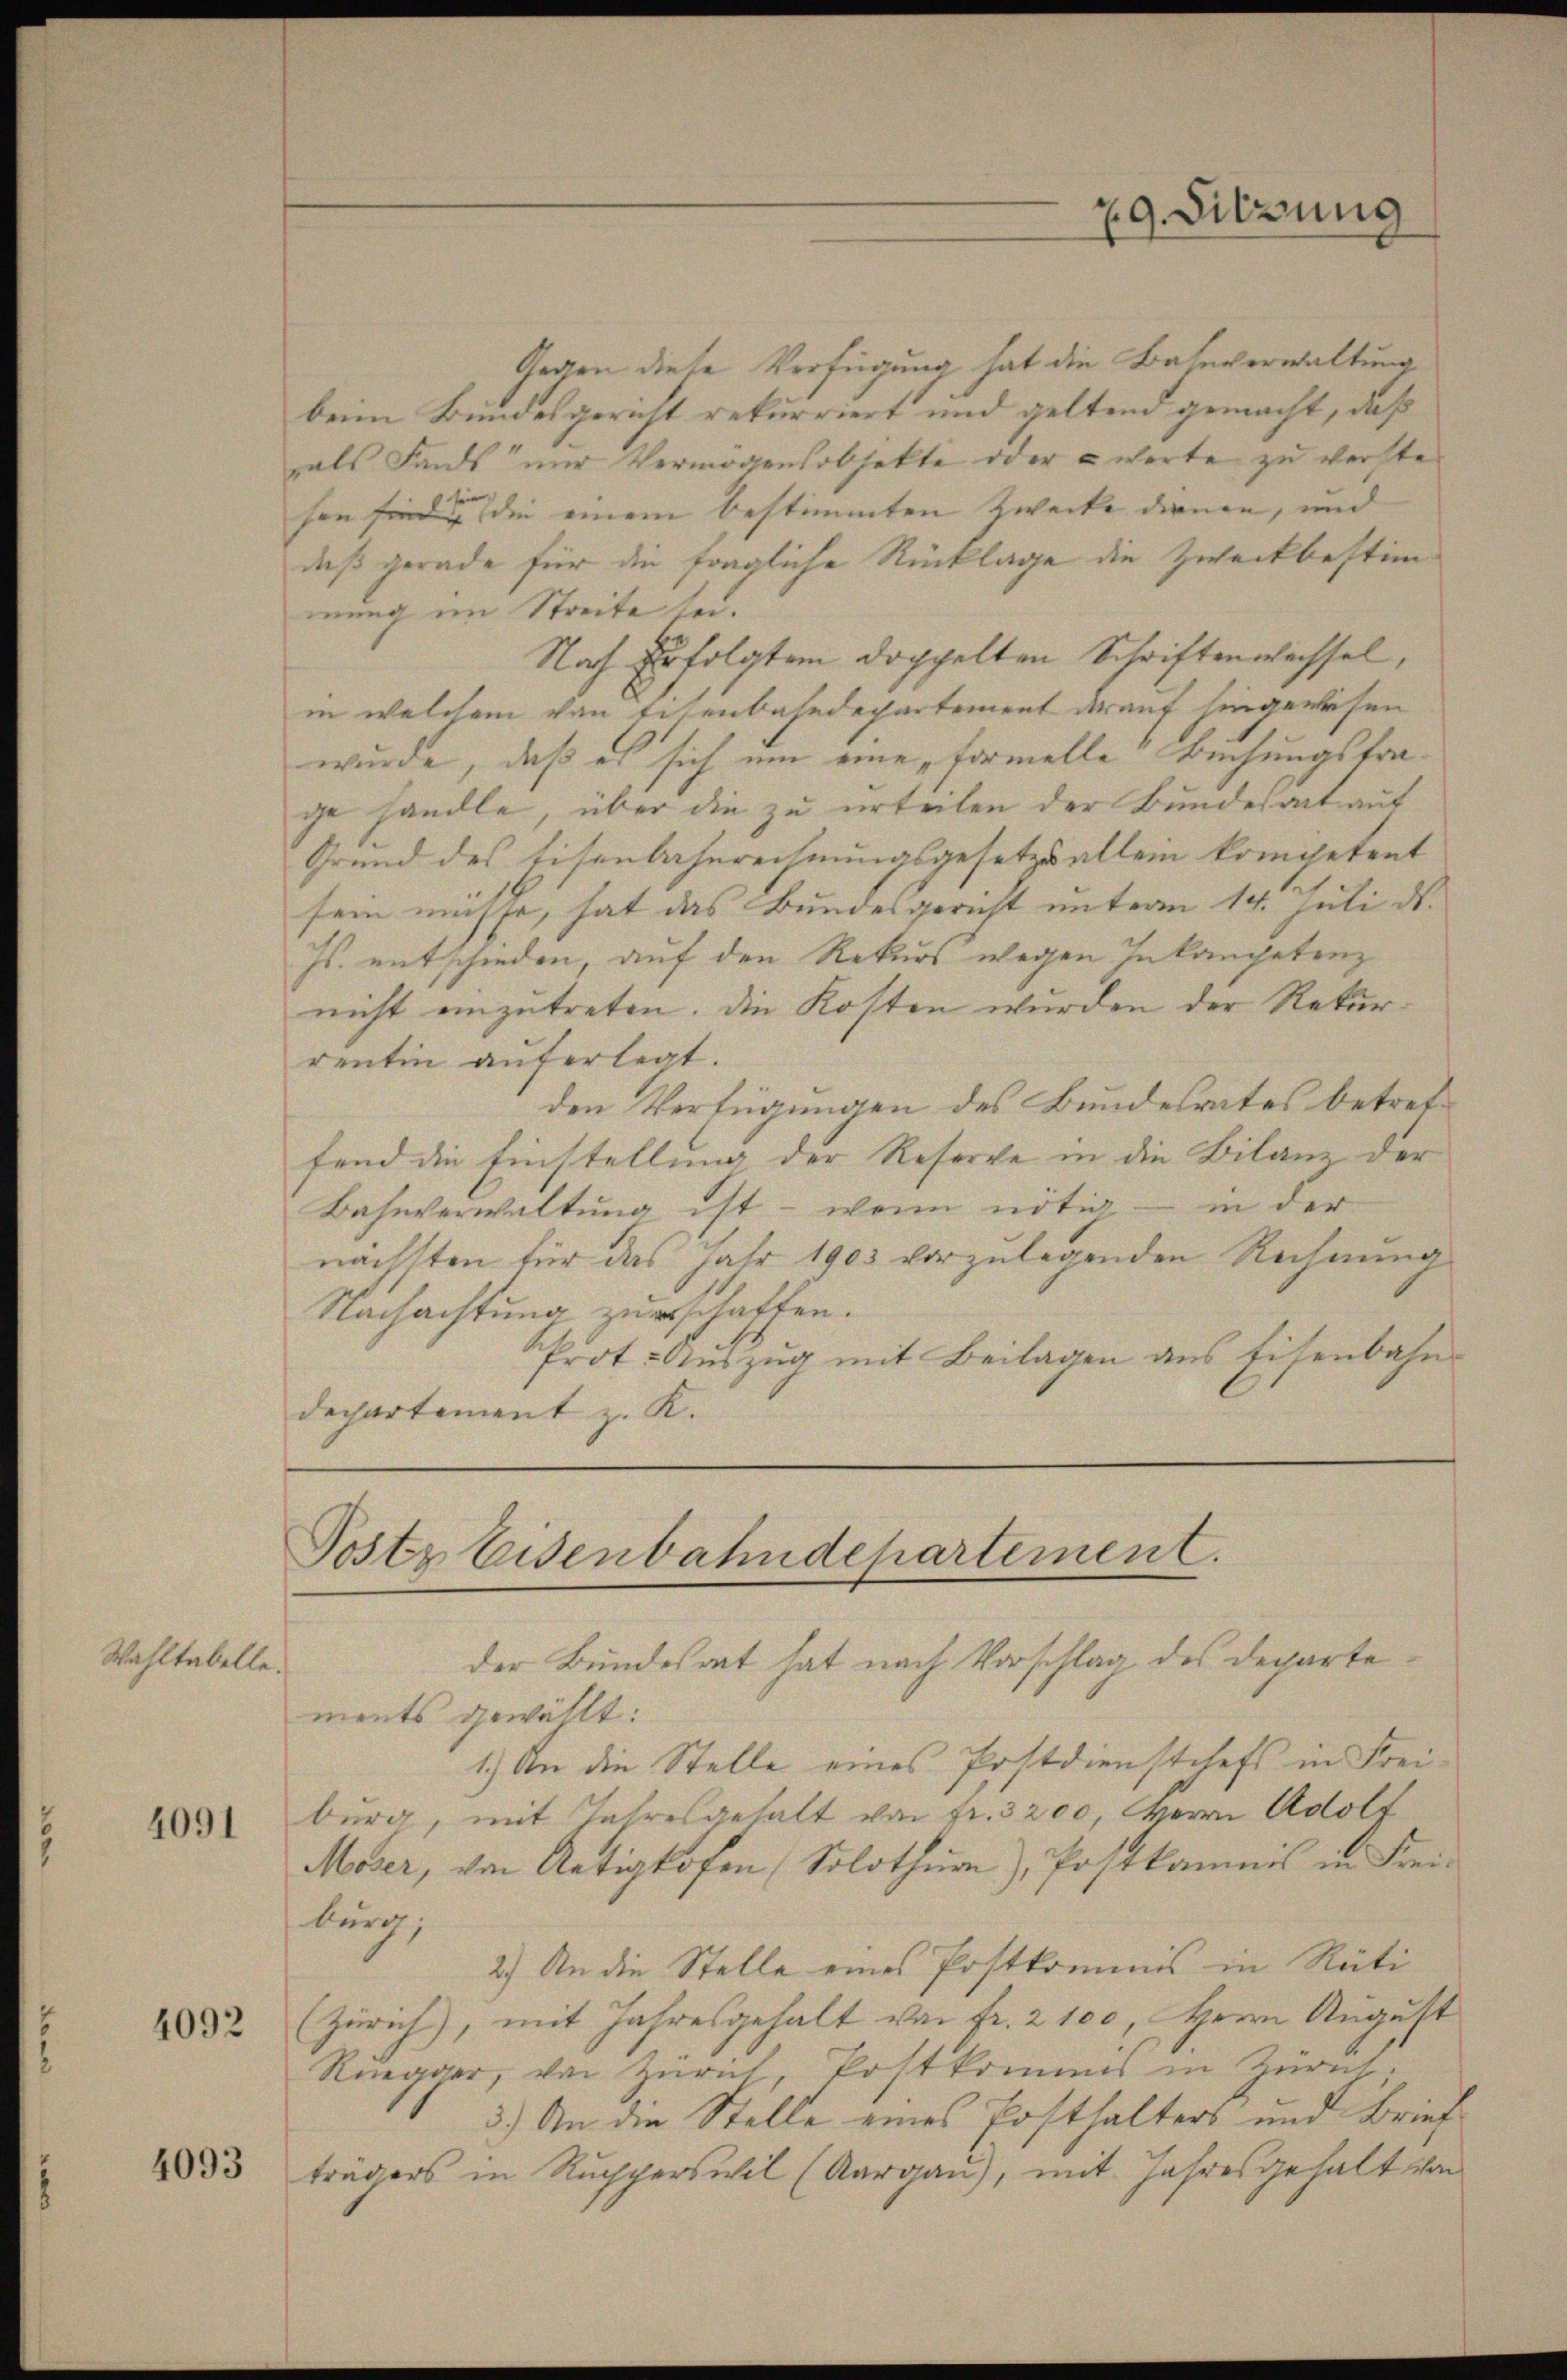
Wahltabelle.

4091

4092

4093

burg;

29. Sitzung

Gegen diese Verfügung hat die Bahnverwaltung
beim Bundesgericht rekurriert und geltend gemacht, daß
als Fonds nur Vermögensobjekte oder warte zu verste
sen sind die einem bestimmten Zwecke dienen, und |
daß gerade für die fragliche Rücklage die Zweckbestimmung im Streite sei.
Nach Erfolgter doppelten Schriftenweissel,
in welchem von Eisenbahndepartement darauf hingewiesen
wurde, daß es sich um eine formelle Buchungstrage handle, über die zu urteilen der Bundesart auf
Grund des Eisenbahnrechnungsgesetz allein kompetent
sein müsse, hat das Bundesgericht unterm 14. Juli ds.
Js. entschieden, auf den Rekurs wegen Inkompetenz
nicht einzutreten. Die Kosten wurden der Rekurrentin auferlegt.
den Verfügungen des Bundesrates betreffend die Einstellung der Reserve in die Bilanz der
Bahnverwaltung ist - wenn nötig — in der
nächsten für das Jahr 1903 vorzulegenden Rechnung
Nachachtung zuerschaffen.
Prot. Auszug mit Beilagen aus Eisenbahn
dechartement z. K.

Poste Eisenbahndepartement.
der Bundesrat hat nach Vorschlag des Departe¬

ments gewählt:
1.) An die Stelle eines Postdienstchefs in Freiburg, mit Jahresgehalt von Fr. 3200, Herrn Adolf
Moser, von Artigkofen (Solothur), Postkamnis in Frei¬
2.) An die Stelle eines Postkommis in Rüti
(Zürich), mit Jahresgehalt von Fr. 2100, Herrn August
Ruegger, von Zürich Postkommes in Zürich,
3.) An die Stelle eines Posthalters und Brief
trägers in Ruchperswil (Aargau), mit Jahresgehalt von